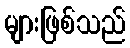
များဖြစ်သည်